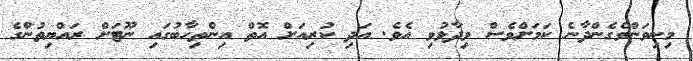
މިނިވަންވެގެންދާނެ ކަމަށްވެސް ވިދާޅުވި އެެވެ. އަދި ކުރިއަށް އޮތް އިންތިހާބުގައި ނޫޓަށް ރައްޔިތުންގެ